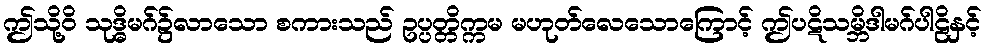
ဤသို့ဝိ သုဒ္ဓိမဂ်၌လာသော စကားသည် ဥပ္ပတ္တိက္ကမ မဟုတ်လေသောကြောင့် ဤပဋိသမ္ဘိဒါမဂ်ပါဠိနှင့်